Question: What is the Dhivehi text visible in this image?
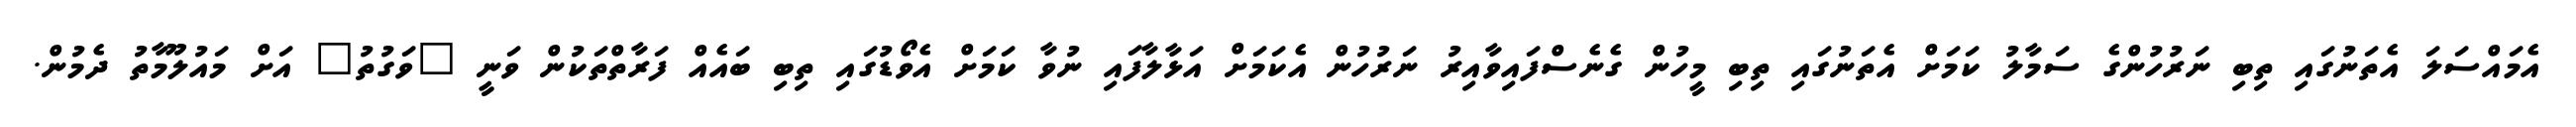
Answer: އެމައްސަލަ އެތަނުގައި ތިބި ނަރުހުންގެ ސަމާލު ކަމަށް އެތަނުގައި ތިބި މީހުން ގެނެސްފައިވާއިރު ނަރުހުން އެކަމަށް އަޅާލާފައި ނުވާ ކަމަށް އެވޯޑުގައި ތިބި ބައެއް ފަރާތްތަކުން ވަނީ "ވަގުތު" އަށް މައުލޫމާތު ދެމުން.